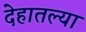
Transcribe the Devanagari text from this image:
देहातल्या